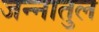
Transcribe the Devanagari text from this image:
जन्नातुल